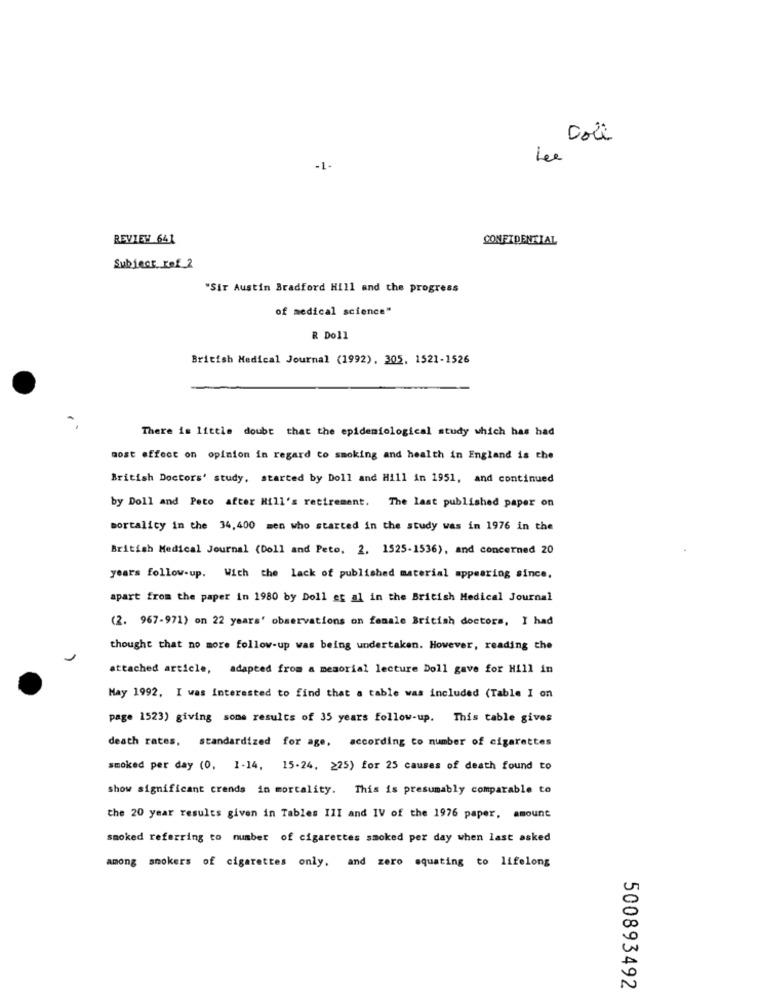
Col
Lee
-1-
REVIEW 641
CONFIDENTIAL
Subject ref 2
"Sir Austin Bradford Hill and the progress
of medical science"
R Doll
British Medical Journal (1992), 305, 1521-1526
There is little doubt that the epidemiological study which has had
most effect on opinion in regard to smoking and health in England is the
British Doctors' study, started by Doll and Hill in 1951, and continued
by Doll and Peto after Hill's retirement. The last published paper on
mortality in the 34,400 men who started in the study was in 1976 in the
British Medical Journal (Doll and Peto, 2. 1525-1536), and concerned 20
years follow-up. With the lack of published material appearing since,
apart from the paper in 1980 by Doll et al in the British Medical Journal
(2. 967-971) on 22 years' observations on female British doctors, I had
thought that no more follow-up was being undertaken. However, reading the
attached article, adapted from a memorial lecture Doll gave for Hill in
May 1992, I was Interested to find that a table was included (Table I on
page 1523) giving some results of 35 years follow-up. This table gives
death rates, standardized for age, according to number of cigarettes
smoked per day (0, 1-14, 15-24, 225) for 25 causes of death found to
show significant crends in mortality. This is presumably comparable to
the 20 year results given in Tables III and IV of the 1976 paper, amount
smoked referring to number of cigarettes smoked per day when last asked
among
smokers of cigarettes only, and zero squating to lifelong
500893492